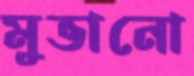
মুভানো